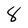
Character: 8